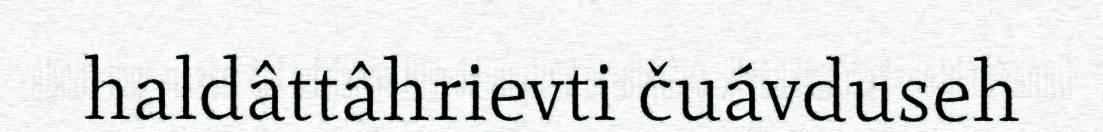
haldâttâhrievti čuávduseh